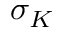
\sigma _ { K }